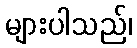
များပါသည်၊